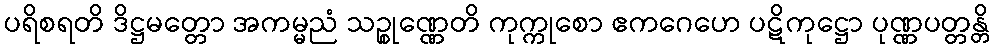
ပရိစရတိ ဒိဋ္ဌမတ္တော အကမ္မညံ သဉ္စုဏ္ဏေတိ ကုက္ကုစော ဧကဂေဟေ ပဋိကုဋ္ဌော ပုဏ္ဏပတ္တန္တိ